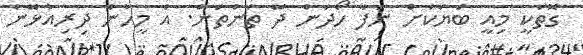
ގޮތަކީ މިއީ ބަޔަކަށް ނަފާ ހޯދަން ދޭ ތަންތަން. އެ މީހުން ދިރިއުޅޭނެ